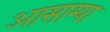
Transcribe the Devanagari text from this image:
आसाम्या